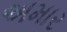
અમાર